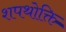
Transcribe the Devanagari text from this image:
शपथोक्ति